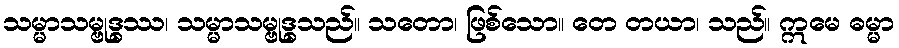
သမ္မာသမ္ဗုဒ္ဓဿ၊ သမ္မာသမ္ဗုဒ္ဓသည်။ သတော၊ ဖြစ်သော။ တေ တယာ၊ သည်။ ဣမေ ဓမ္မာ